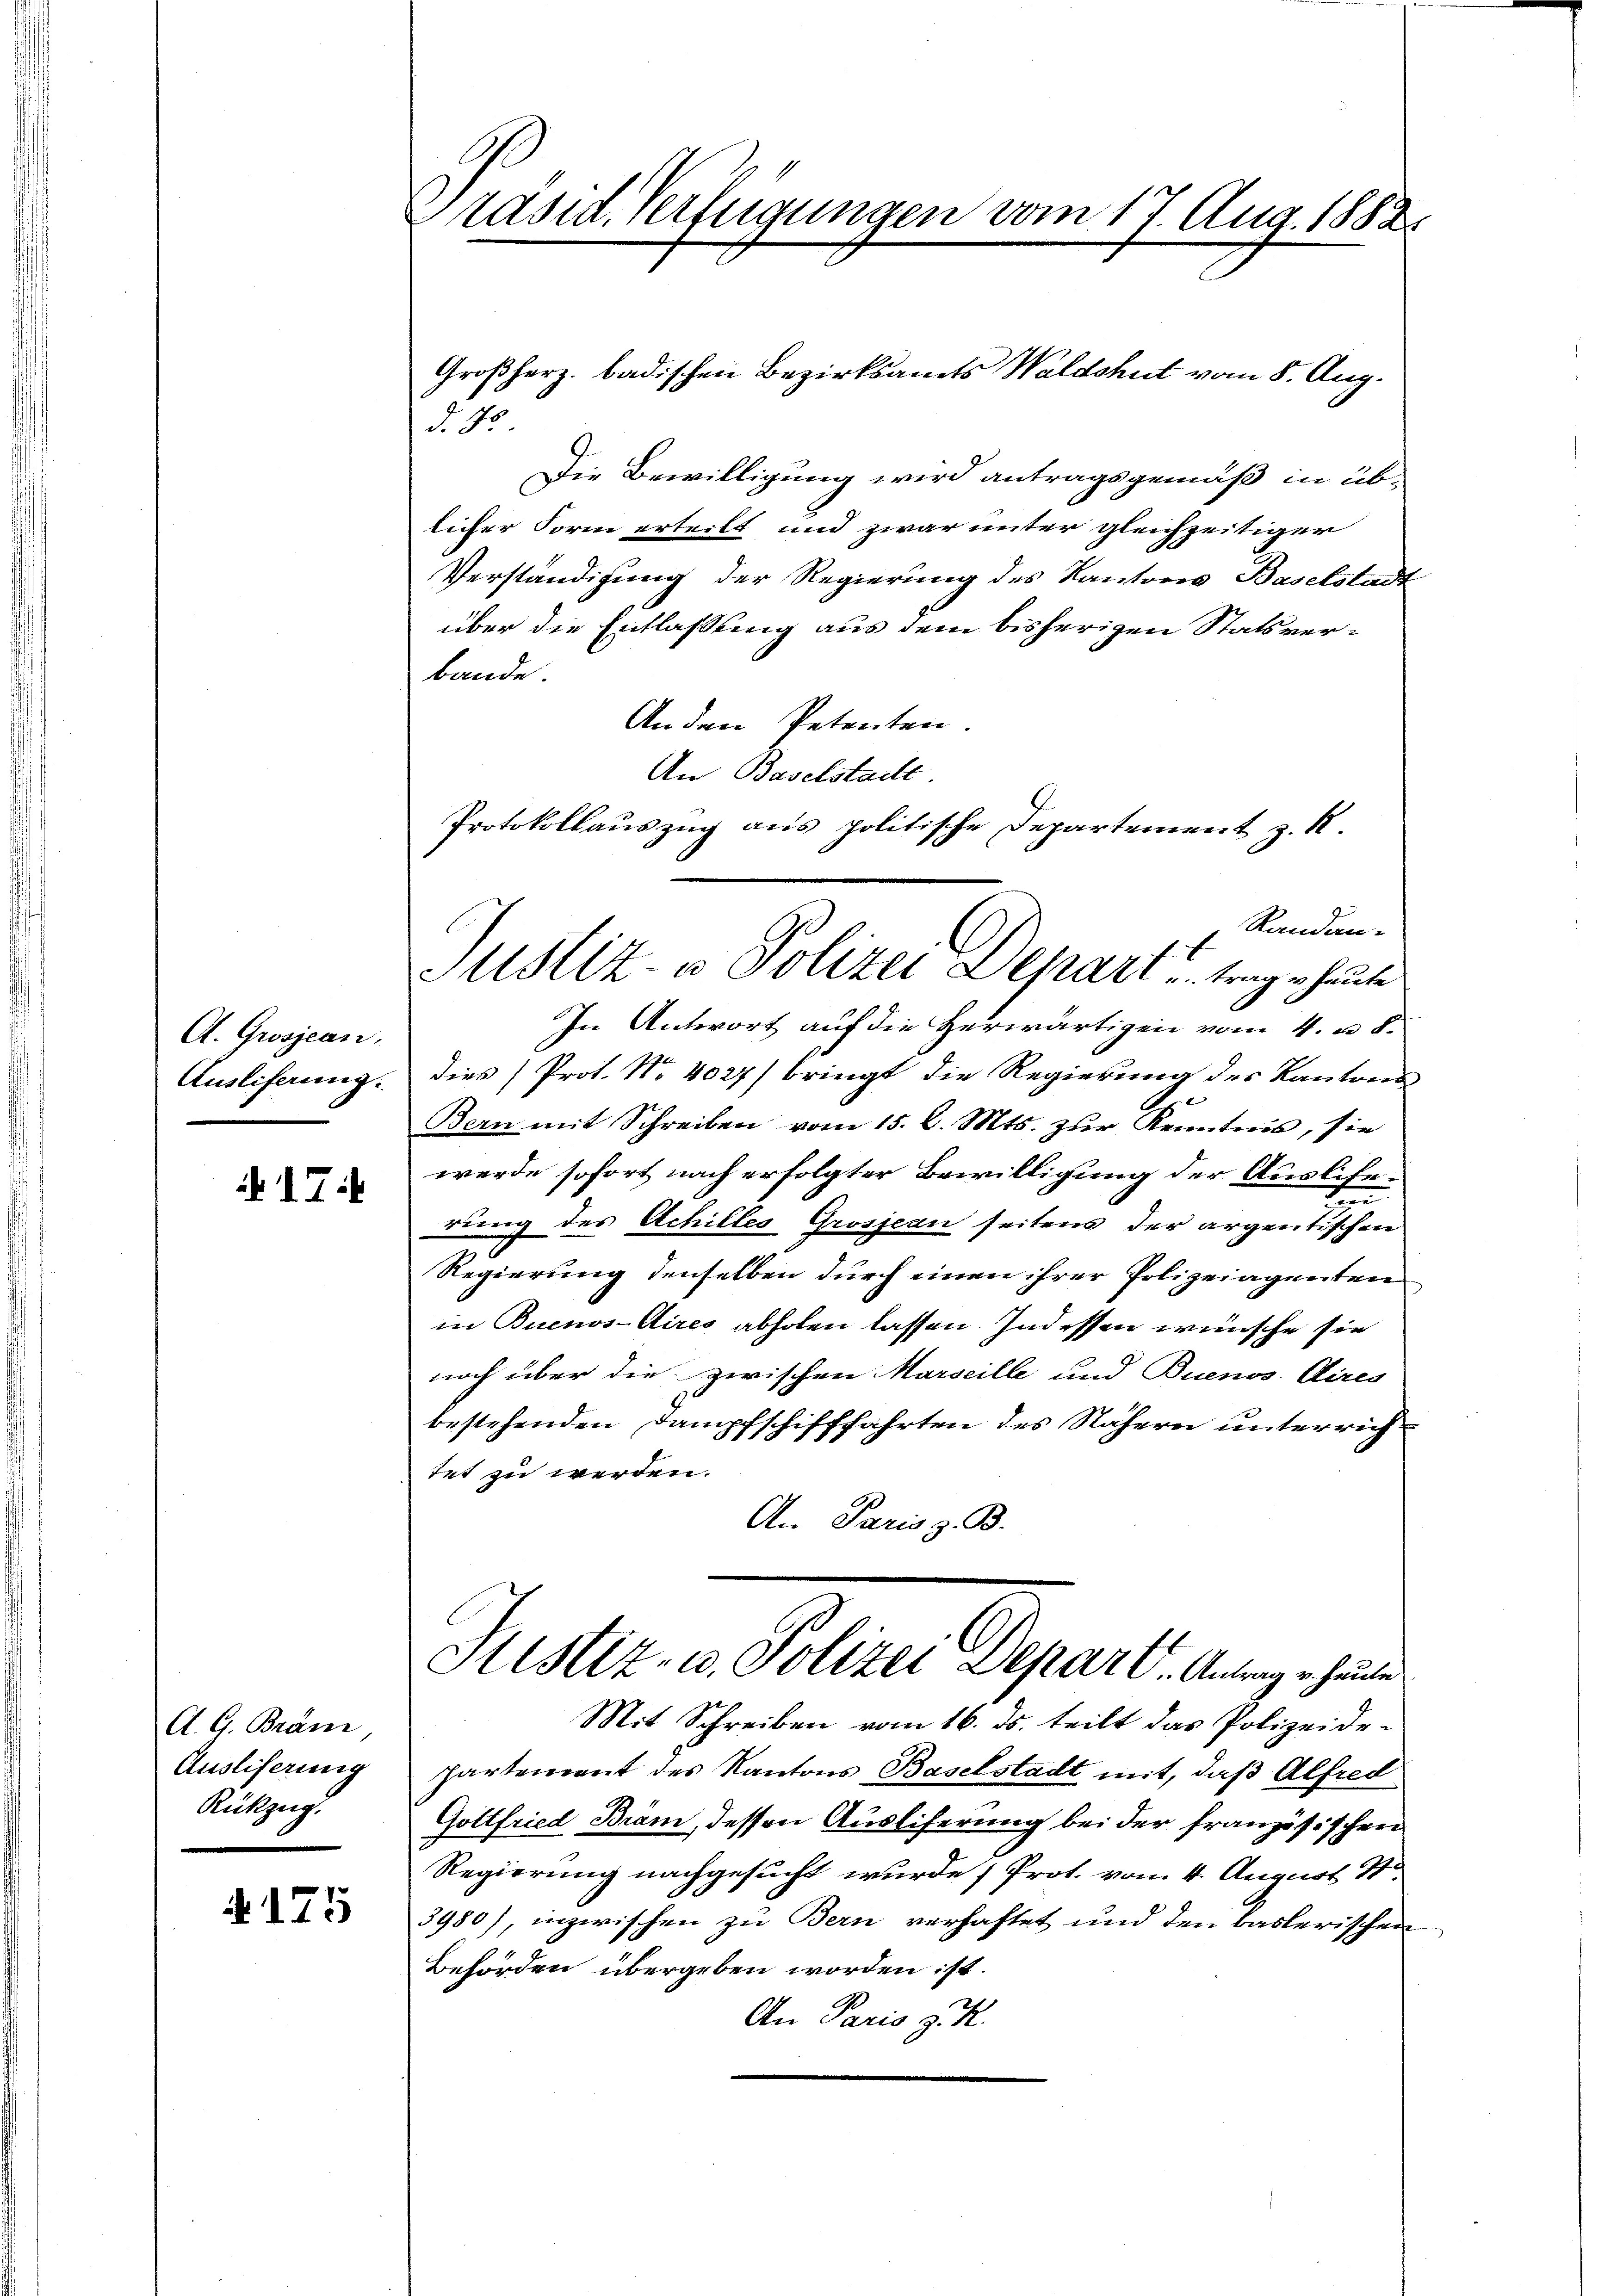
A. Grosjean,
Ausliferung.

17:

A. G. Branz,
Ausliserung
Rückzug.

4175

Präsid. Verfügungen vom 17. Aug. 1882.

Randan-
Justiz- u Polizei Depart u. trage heute

Großherz. badischen Bezirksamts Waldshut vom 8. Aug.
d. 75.
Die Bewilligung wird antragsgemäß in üb-
licher Form erteilt und zwar unter gleichzeitiger
Verständigung der Regierung des Kantons Baselstadt
über die Entlassung aus dem bisherigen Statsverbande.
Anden Petenten.
An Baselstadt
Protokollauszug aus politische Departement z. R.
In Antwort auf die Herwärtigen vom 4. u. 8.
dies Prot. Nr. 4027/ bringt die Regierung des Kantons
Bern mit Schreiben vom 15. d. Mts. zur Kenntnis, sie
werde sofort nach erfolgter Bewilligung der Auslesed
rung des Achilles Grosjean seitens der argentischen
Regierung denselben durch einen ihrer Polizeiagenten
in Buenos-Aires abholen lassen. Indessen wünsche sie
noch über die zwischen Marseille und Buenos-Aires
bestehenden Dampfschifffahrten des Nähern unterrichtet zu werden.
An Paris z. B.
Justiz- u. Polizei Depart. Antrage heute
Mit Schreiben vom 16. ds. teilt das Polizeide-
partement des Kantons Baselstadt mit, daß Alfred
Gottfried Bräm, dessen Ausliferung bei der französischen
Regierung nachgesucht wurde , Prot. vom 4. August St.
3980), inzwischen zu Bern verhaftet und den baslerischen
Behörden übergeben worden ist.
An Paris z. K.